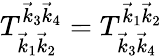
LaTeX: T_{\vec{k}_{1}\vec{k}_{2}}^{\vec{k}_{3}\vec{k}_{4}}=T_{\vec{k}_{3}\vec{k}_{4}}^{\vec{k}_{1}\vec{k}_{2}}